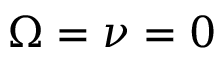
\Omega = \nu = 0